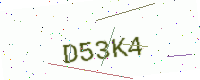
Text: D53K4